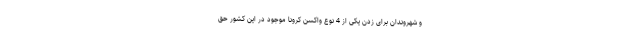
و شهروندان برای زدن یکی از 4 نوع واکسن کرونا موجود در این کشور حق